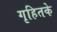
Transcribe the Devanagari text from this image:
गृहितके